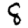
Digit: 8